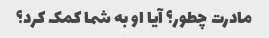
مادرت چطور؟ آیا او به شما کمک کرد؟